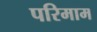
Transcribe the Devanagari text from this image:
परिमाम